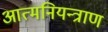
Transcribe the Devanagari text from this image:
आत्मनियन्त्राण